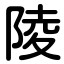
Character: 陵